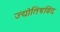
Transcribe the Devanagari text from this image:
ज्योतिषविंद